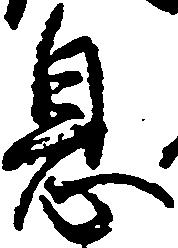
息